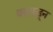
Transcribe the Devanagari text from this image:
वराकडून